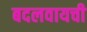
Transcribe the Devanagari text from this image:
बदलवायची